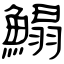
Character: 鰨